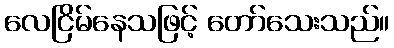
လေငြိမ်နေသဖြင့် တော်သေးသည်။